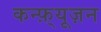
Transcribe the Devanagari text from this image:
कन्फ़्यूज़न